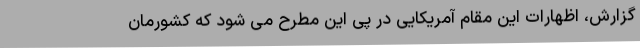
گزارش، اظهارات این مقام آمریکایی در پی این مطرح می شود که کشورمان